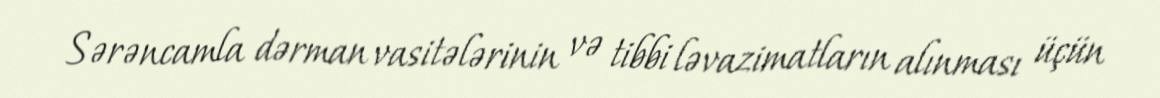
Sərəncamla dərman vasitələrinin və tibbi ləvazimatların alınması üçün